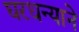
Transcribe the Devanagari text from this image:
घरधन्याने